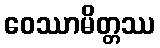
ဝေဿာမိတ္တဿ